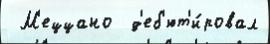
 М'еццано  д'еб'ют'и́ровал